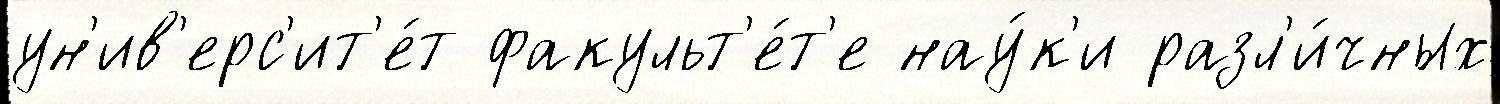
ун'ив'ерс'ит'е́т факульт'е́т'е нау́к'и разл'и́чных